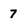
Character: 7